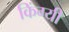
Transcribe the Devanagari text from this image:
किंग्यी